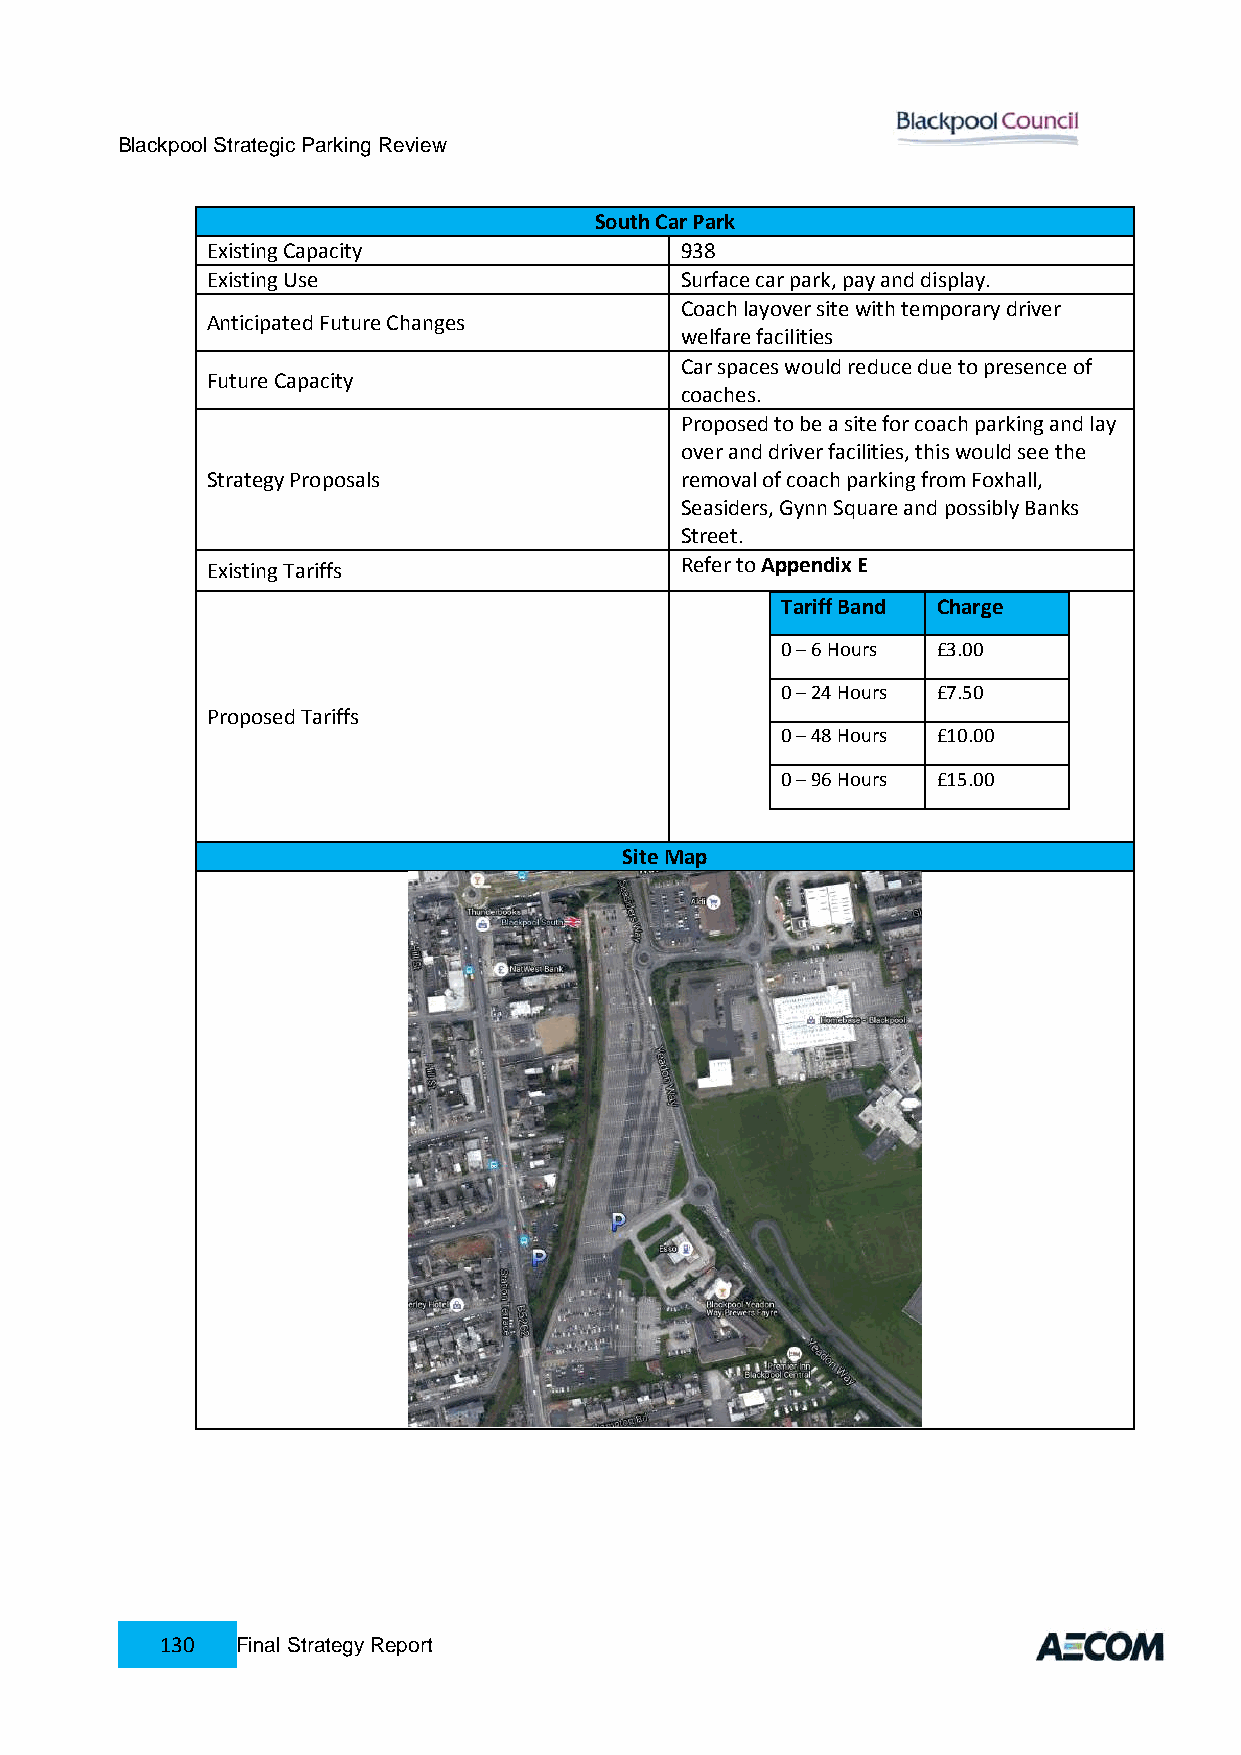
Blackpool Strategic Parking Review
 South Car Park
 Existing Capacity              938
 Existing Use                   Surface car park, pay and display.
 Coach layover site with temporary driver
 Anticipated Future Changes
 welfare facilities
 Car spaces would reduce due to presence of
 Future Capacity
 coaches.
 Proposed to be a site for coach parking and lay
 over and driver facilities, this would see the
 Strategy Proposals             removal of coach parking from Foxhall,
 Seasiders, Gynn Square and possibly Banks
 Street.
 Existing Tariffs               Refer to Appendix E
 Tariff Band Charge
 0 – 6 Hours £3.00
 0 – 24 Hours £7.50
 Proposed Tariffs
 0 – 48 Hours £10.00
 0 – 96 Hours £15.00
 Site Map
 130  Final Strategy Report